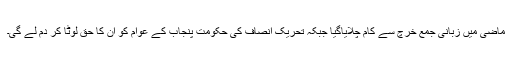
ماضی میں زبانی جمع خرچ سے کام چلایاگیا جبکہ تحریک انصاف کی حکومت پنجاب کے عوام کو ان کا حق لوٹا کر دم لے گی۔